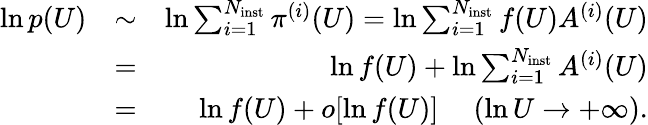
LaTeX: \begin{array}{rlr}{\ln p(U)}&{\sim}&{\ln\sum_{i=1}^{N_{\mathrm{inst}}}\pi^{(i)}(U)=\ln\sum_{i=1}^{N_{\mathrm{inst}}}f(U)A^{(i)}(U)}\\ &{=}&{\ln f(U)+\ln\sum_{i=1}^{N_{\mathrm{inst}}}A^{(i)}(U)}\\ &{=}&{\ln f(U)+o[\ln f(U)]\ \ \ \ \ (\ln U\to+\infty).}\end{array}